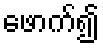
ဖောက်၍